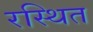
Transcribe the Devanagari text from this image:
रस्थित